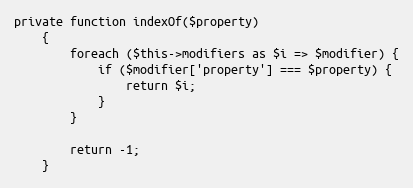
Language: PHP
private function indexOf($property)
    {
        foreach ($this->modifiers as $i => $modifier) {
            if ($modifier['property'] === $property) {
                return $i;
            }
        }

        return -1;
    }